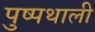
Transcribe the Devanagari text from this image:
पुष्पथाली